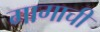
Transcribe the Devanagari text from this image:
गागाची